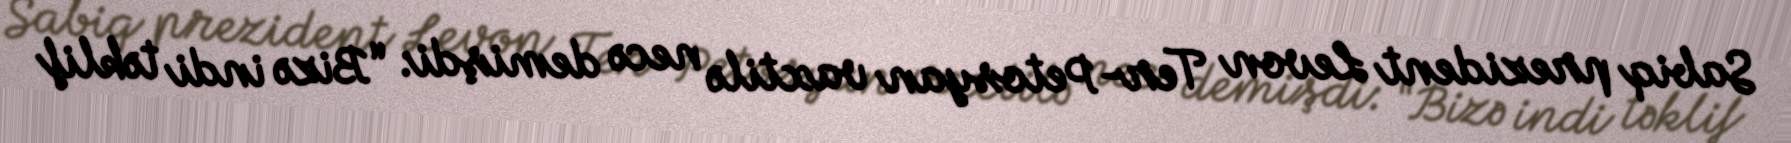
Sabiq prezident Levon Ter-Petosyan vaxtilə necə demişdi: “Bizə indi təklif